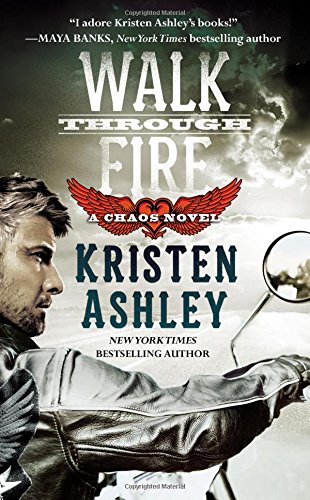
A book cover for Walk Through Fire (Chaos); Kristen Ashley; Romance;